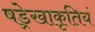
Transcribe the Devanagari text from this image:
षड्रेखाकृतियं